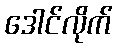
ဒေါင်လိုက်